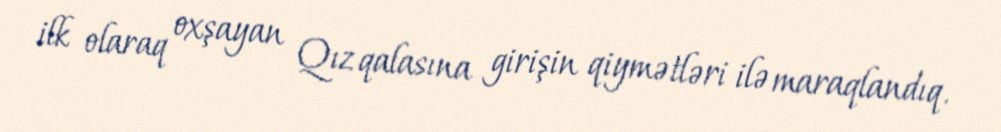
ilk olaraq oxşayan Qız qalasına girişin qiymətləri ilə maraqlandıq.